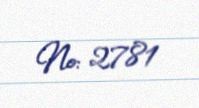
№: 2781